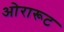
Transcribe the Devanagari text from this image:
ओरारूट